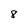
Character: 8